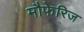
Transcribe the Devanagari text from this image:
मौफेरिज